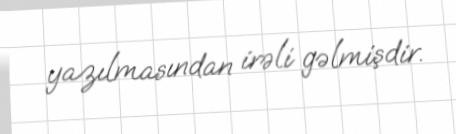
yazılmasından irəli gəlmişdir.